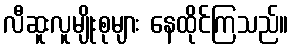
လီဆူးလူမျိုးစုများ နေထိုင်ကြသည်။